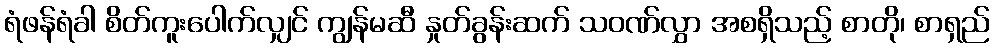
ရံဖန်ရံခါ စိတ်ကူးပေါက်လျှင် ကျွန်မဆီ နှုတ်ခွန်းဆက် သဝဏ်လွှာ အစရှိသည့် စာတို၊ စာရှည်